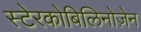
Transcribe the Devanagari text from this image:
स्टेरकोबिलिनोज़ेन